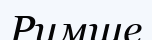
Римше